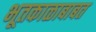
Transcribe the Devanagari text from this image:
भूतकाळाबाबत